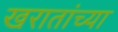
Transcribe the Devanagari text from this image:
खरातांच्या